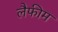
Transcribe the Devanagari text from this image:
लैफीम